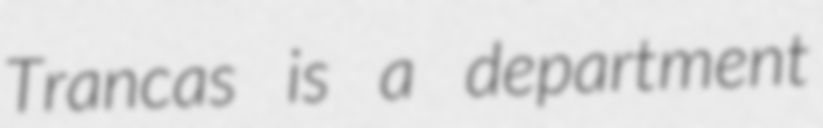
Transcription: Trancas is a department